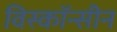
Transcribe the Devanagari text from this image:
विस्कॉन्सीन